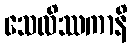
သေလိဿကာနိ